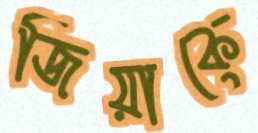
জিয়াকে